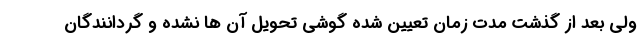
ولی بعد از گذشت مدت زمان تعیین شده گوشی تحویل آن ها نشده و گردانندگان